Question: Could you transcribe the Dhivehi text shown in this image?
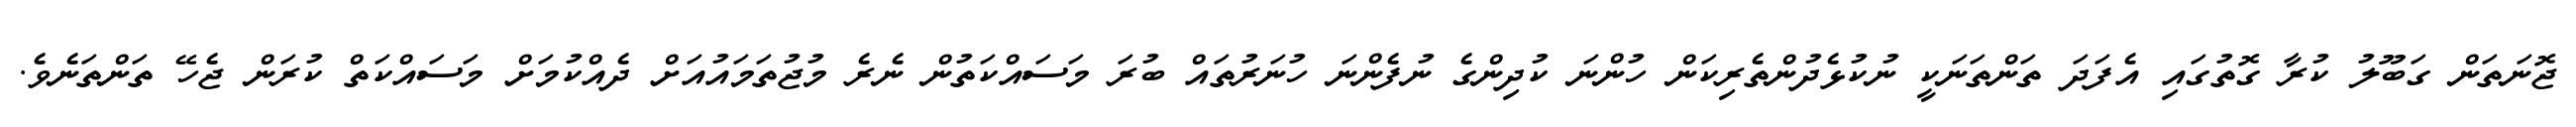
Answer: ޖޮނަތަން ގަބޫލު ކުރާ ގޮތުގައި އެފަދަ ތަންތަނަކީ ނުކުޅެދުންތެރިކަން ހުންނަ ކުދިންގެ ނުފެންނަ ހުނަރުތައް ބުރަ މަސައްކަތުން ނެރެ މުޖުތަމައުއަށް ދެއްކުމަށް މަސައްކަތް ކުރަން ޖެހޭ ތަންތަނެވެ.